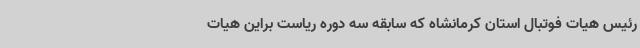
رئیس هیات فوتبال استان کرمانشاه که سابقه سه دوره ریاست براین هیات